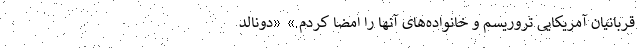
قربانیان آمریکایی تروریسم و خانواده‌های آنها را امضا کردم.» «دونالد